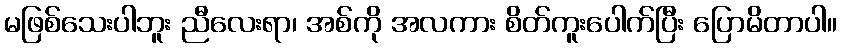
မဖြစ်သေးပါဘူး ညီလေးရာ၊ အစ်ကို အလကား စိတ်ကူးပေါက်ပြီး ပြောမိတာပါ။